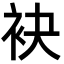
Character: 袂